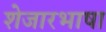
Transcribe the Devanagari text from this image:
शेजारभाषा